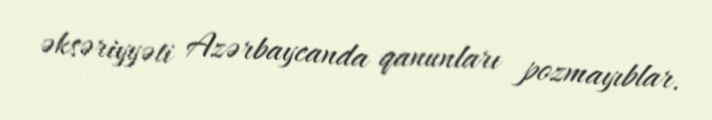
əksəriyyəti Azərbaycanda qanunları pozmayıblar.